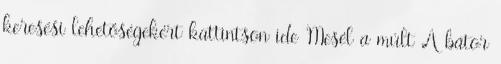
keresési lehetőségekért kattintson ide Mesél a múlt A bátor